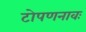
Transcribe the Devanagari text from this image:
टोपणनावः